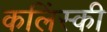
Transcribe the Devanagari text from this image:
कलिंस्की